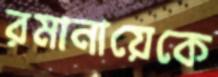
রমানায়েকে